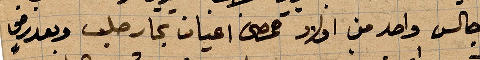
جالي واحد من أولاد حمص اعيان تجار حلب وبعد في